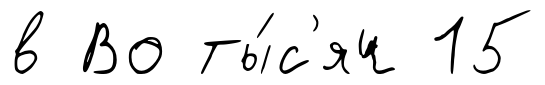
в Во ты́с'яч 15